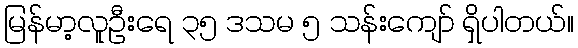
မြန်မာ့လူဦးရေ ၃၅ ဒသမ ၅ သန်းကျော် ရှိပါတယ်။